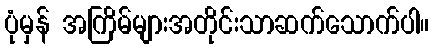
ပုံမှန် အကြိမ်များအတိုင်းသာဆက်သောက်ပါ။